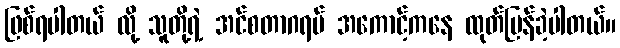
ဖြစ်ရပါတယ် လို့ သူတို့ရဲ့ အင်စတာဂရမ် အကောင့်ကနေ ထုတ်ပြန်ခဲ့ပါတယ်။